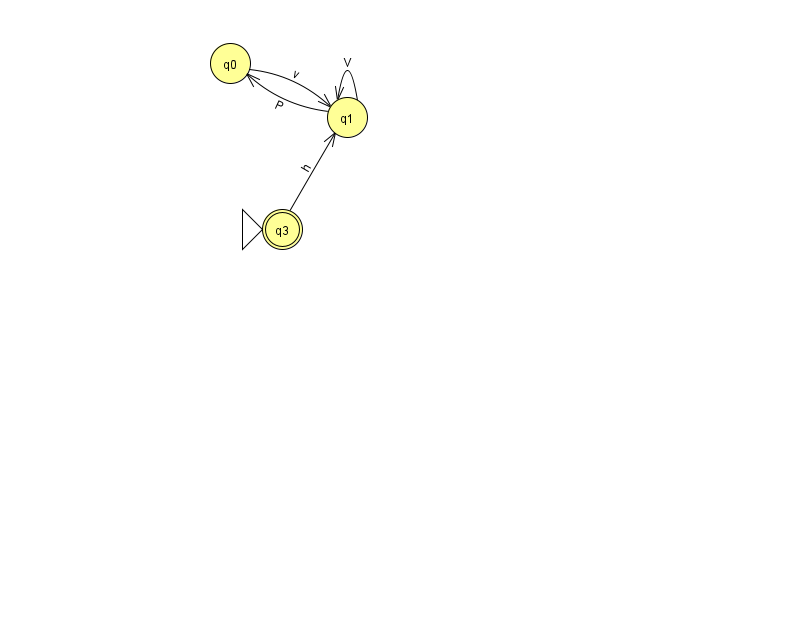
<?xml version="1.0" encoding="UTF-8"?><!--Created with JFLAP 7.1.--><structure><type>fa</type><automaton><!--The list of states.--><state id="0" name="q0"><x>230.0</x><y>50.0</y></state><state id="1" name="q1"><x>347.0</x><y>104.0</y></state><state id="3" name="q3"><x>282.0</x><y>216.0</y><initial/><final/></state><!--The list of transitions.--><transition><from>0</from><to>1</to><read>v</read></transition><transition><from>1</from><to>0</to><read>P</read></transition><transition><from>1</from><to>1</to><read>V</read></transition><transition><from>3</from><to>1</to><read>h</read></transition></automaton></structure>